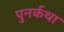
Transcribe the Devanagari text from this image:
पुनर्कथा